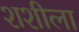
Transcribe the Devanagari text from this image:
शशीला